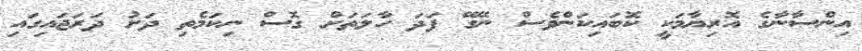
އިންސާނާގެ އޮރިޔާމަކީ ކޮބައިކަންވެސް ނޭގޭ ފަދަ ހާލަތަށް ގޮސް ނިކަމެތި ދަށު ދަރަޖައިގައި